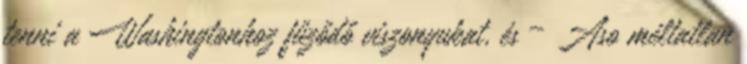
tenni a Washingtonhoz fűződő viszonyukat, és – Aso méltatlan